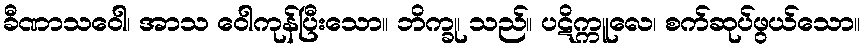
ခီဏာသဝေါ၊ အာသ ဝေါကုန်ပြီးသော။ ဘိက္ခု၊ သည်။ ပဋိက္ကူလေ၊ စက်ဆုပ်ဖွယ်သော။